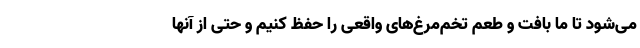
می‌شود تا ما بافت و طعم تخم‌مرغ‌های واقعی را حفظ کنیم و حتی از آنها